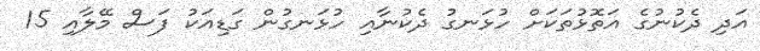
އަދި ދެކުނުގެ އަތޮޅުތަކަށް ހުޅަނގު ދެކުނާއި ހުޅަނގުން ގަޑިއަކު ފަސް މޭލާއި 15